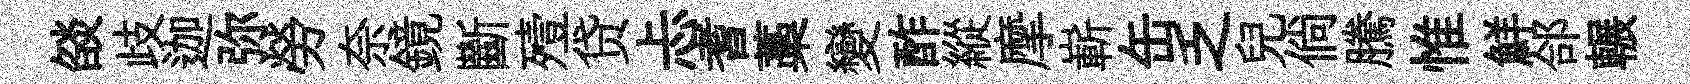
燄歧迦弥勞奈鏡斷殪贷忐耆藁變酢縱摩嶄缶乏兒倘騰惟鮮郃輾